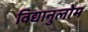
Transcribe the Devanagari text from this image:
विद्यानुलोम